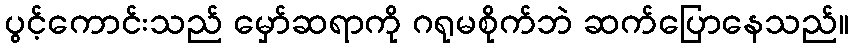
ပွင့်ကောင်းသည် မှော်ဆရာကို ဂရုမစိုက်ဘဲ ဆက်ပြောနေသည်။